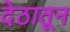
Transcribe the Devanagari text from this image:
देठातून